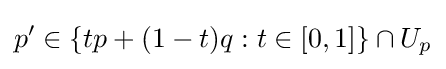
p'\in \{tp+(1-t)q:t\in [0,1]\}\cap U_{p}